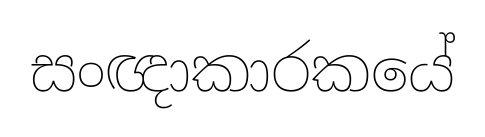
සංඥාකාරකයේ